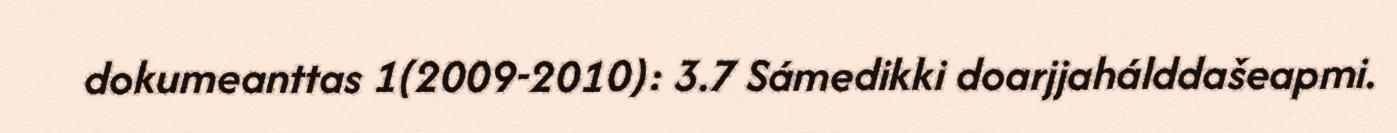
dokumeanttas 1(2009-2010): 3.7 Sámedikki doarjjahálddašeapmi.